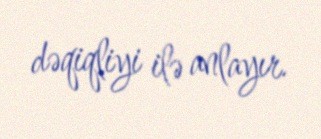
dəqiqliyi ilə anlayır.